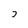
Character: 7